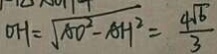
O H = \sqrt { A O ^ { 2 } - A H ^ { 2 } } = \frac { 4 \sqrt { 6 } } { 3 }